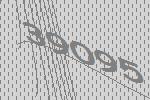
39095